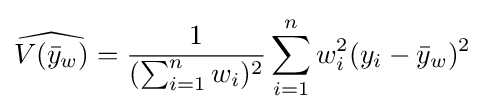
{\widehat {V({\bar {y}}_{w})}}={\frac {1}{(\sum _{i=1}^{n}w_{i})^{2}}}\sum _{i=1}^{n}w_{i}^{2}(y_{i}-{\bar {y}}_{w})^{2}